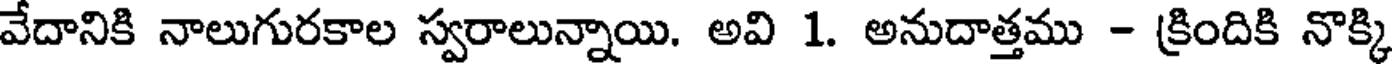
వేదానికి నాలుగురకాల స్వరాలున్నాయి. అవి 1. అనుదాత్తము - క్రిందికి నొక్కి